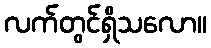
လက်တွင်ရှိသလော။